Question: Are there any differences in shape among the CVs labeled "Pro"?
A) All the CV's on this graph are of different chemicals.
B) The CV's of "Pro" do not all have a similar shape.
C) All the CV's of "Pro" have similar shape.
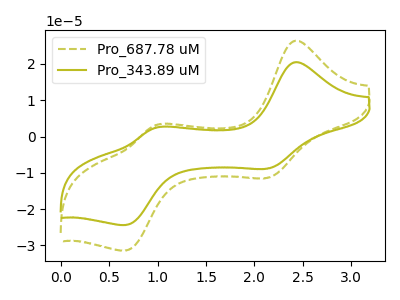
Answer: <think>The olive dashed curve "Pro_687.78 uM" has anodic peaks at (2.40V, 26.35uA) (1.00V, 3.10uA) and cathodic peaks at (2.15V, -11.40uA) (0.65V, -31.40uA). The olive curve "Pro_343.89 uM" has anodic peaks at (2.40V, 20.45uA) (1.00V, 2.40uA) and cathodic peaks at (2.15V, -8.85uA) (0.65V, -24.35uA).
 All the peaks in "Pro_687.78 uM" have a peak in "Pro_343.89 uM" at the same potential. Every peak in "Pro_687.78 uM" is higher than every peak in "Pro_343.89 uM".</think>
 <answer>C) All the CV's of "Pro" have similar shape.</answer>
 <eval>C</eval>